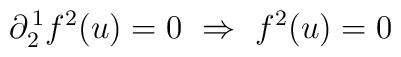
\partial^{\,1}_2f^2(u) = 0 \ \Rightarrow \ f^2(u) = 0